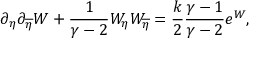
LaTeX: \partial _ { \eta } \partial _ { \overline { { { \eta } } } } W + { \frac { 1 } { \gamma - 2 } } W _ { \eta } W _ { \overline { { { \eta } } } } = { \frac { k } { 2 } } { \frac { \gamma - 1 } { \gamma - 2 } } e ^ { W } ,